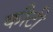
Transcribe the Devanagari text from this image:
कौटी